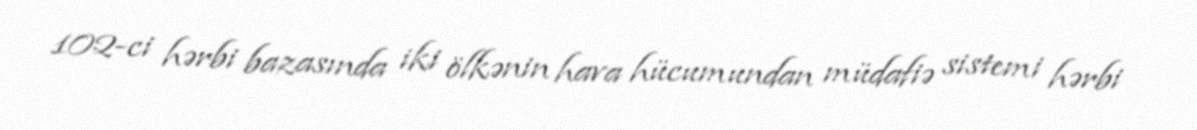
102-ci hərbi bazasında iki ölkənin hava hücumundan müdafiə sistemi hərbi